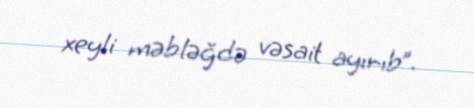
xeyli məbləğdə vəsait ayırıb”.